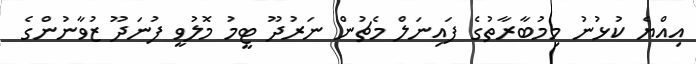
އިއްޔެ ކުޅުނު މިމުބާރާތުގެ ފައިނަލް މެޗުން ނަރުދޫ ޓީމު މޮލުވީ ފުނަދޫ ޒުވާނުންގެ